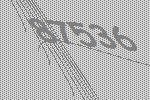
87536